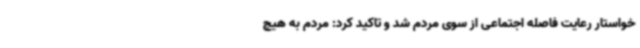
خواستار رعایت فاصله اجتماعی از سوی مردم شد و تاکید کرد: مردم به هیچ